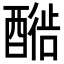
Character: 𬪳